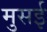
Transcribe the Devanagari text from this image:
मुसई